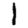
Digit: 1